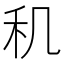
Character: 𬓠